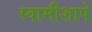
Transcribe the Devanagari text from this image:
स्वामीशापे